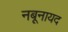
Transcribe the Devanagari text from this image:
नबूनायद